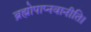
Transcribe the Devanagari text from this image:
ब्रह्मोपाप्नवानीति।